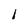
Character: I